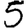
Digit: 5